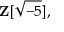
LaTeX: \mathbf { Z } [ { \sqrt { - 5 } } ] ,